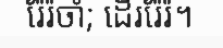
រ៉ែរ៉ចាំ; ដើររ៉ែរ៉។